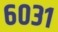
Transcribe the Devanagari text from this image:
६०३१